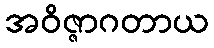
အဝိဇ္ဇာဂတာယ